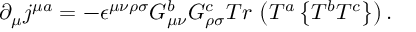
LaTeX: \partial _ { \mu } j ^ { \mu a } = - \epsilon ^ { \mu \nu \rho \sigma } G _ { \mu \nu } ^ { b } G _ { \rho \sigma } ^ { c } T r \, \left( T ^ { a } \left\{ T ^ { b } T ^ { c } \right\} \right) .